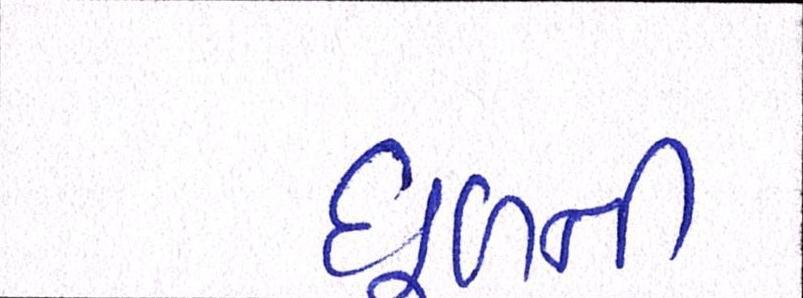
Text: ધૂળની